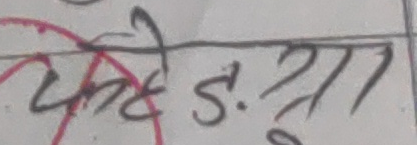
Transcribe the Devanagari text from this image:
कडे ड. २७७